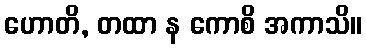
ဟောတိ, တထာ န ကောစိ အကာသိ။